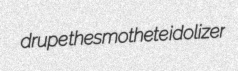
drupe thesmothete idolizer